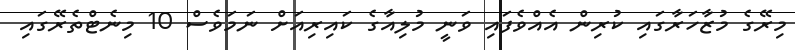
މިރޭގެ މުޒާހަރާގައި ކުރިން އެއްވެފައި ވަނީ މުލިއާގެ ކައިރިއަށް ނަމަވެސް 10 މިނެޓްތެރޭގައި